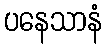
ပနေသာနံ